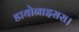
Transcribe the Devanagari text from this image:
डायोनाइसस।